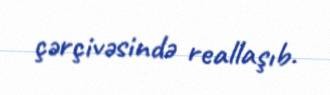
çərçivəsində reallaşıb.